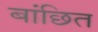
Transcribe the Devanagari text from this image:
बांछित